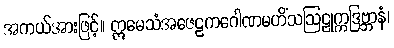
အကယ်အားဖြင့်။ ဣမေသံအဇေဠကဂေါဏမဟိံသဩဠုက္ကဒြဗ္ဘာနံ၊